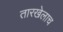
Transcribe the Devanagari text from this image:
तारखेलाच